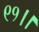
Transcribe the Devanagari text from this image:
९१।।